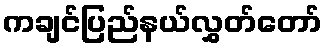
ကချင်ပြည်နယ်လွှတ်တော်